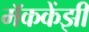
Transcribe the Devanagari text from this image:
मॅककेंझी